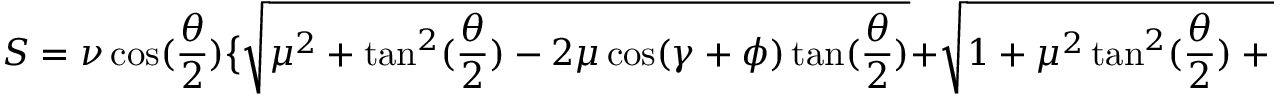
S = \nu \cos ( \frac { \theta } { 2 } ) \big \{ \sqrt { \mu ^ { 2 } + \tan ^ { 2 } ( \frac { \theta } { 2 } ) - 2 \mu \cos ( \gamma + \phi ) \tan ( \frac { \theta } { 2 } ) } + \sqrt { 1 + \mu ^ { 2 } \tan ^ { 2 } ( \frac { \theta } { 2 } ) + 2 \mu \cos ( \gamma + \phi ) \tan ( \frac { \theta } { 2 } ) } \; \big \}